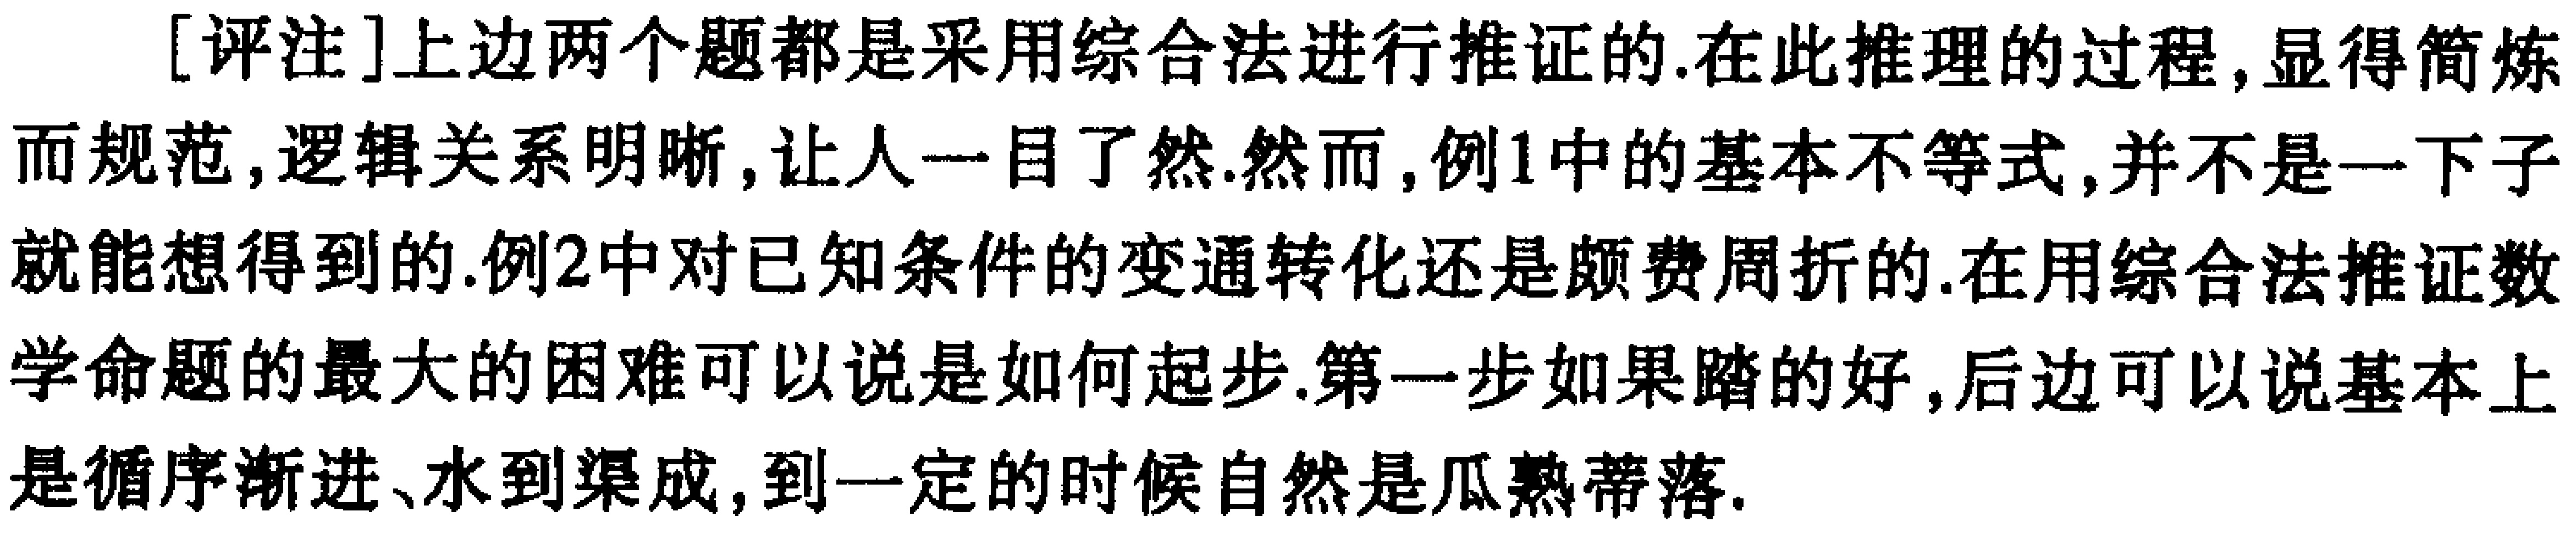
[评注]上边两个题都是采用综合法进行推证的.在此推理的过程,显得简炼而规范,逻辑关系明晰,让人一目了然.然而,例1中的基本不等式,并不是一下子就能想得到的.例2中对已知条件的变通转化还是颇费周折的.在用综合法推证数学命题的最大的困难可以说是如何起步.第一步如果踏的好,后边可以说基本上是循序渐进、水到渠成,到一定的时候自然是瓜熟蒂落.